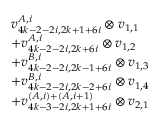
\begin{array} { r l } & { v _ { 4 k - 2 - 2 i , 2 k + 1 + 6 i } ^ { A , i } \otimes v _ { 1 , 1 } } \\ & { + v _ { 4 k - 2 - 2 i , 2 k + 6 i } ^ { A , i } \otimes v _ { 1 , 2 } } \\ & { + v _ { 4 k - 2 - 2 i , 2 k - 1 + 6 i } ^ { B , i } \otimes v _ { 1 , 3 } } \\ & { + v _ { 4 k - 2 - 2 i , 2 k - 2 + 6 i } ^ { B , i } \otimes v _ { 1 , 4 } } \\ & { + v _ { 4 k - 3 - 2 i , 2 k + 1 + 6 i } ^ { ( A , i ) + ( A , i + 1 ) } \otimes v _ { 2 , 1 } } \end{array}